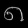
Digit: ၈